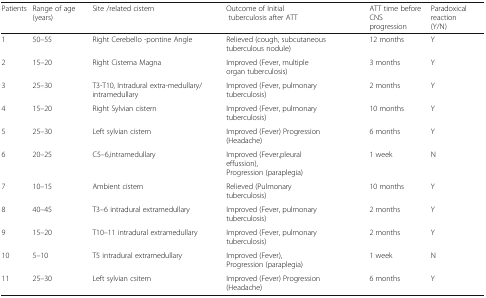
<table><thead><tr><td><b>Patients</b></td><td><b>Range of age (years)</b></td><td><b>Site /related cistern</b></td><td><b>Outcome of Initial tuberculosis after ATT</b></td><td><b>ATT time before CNSprogression</b></td><td><b>Paradoxical reaction(Y/N)</b></td></tr></thead><tbody><tr><td>1</td><td>50–55</td><td>Right Cerebello -pontine Angle</td><td>Relieved (cough, subcutaneous tuberculous nodule)</td><td>12 months</td><td>Y</td></tr><tr><td>2</td><td>15–20</td><td>Right Cisterna Magna</td><td>Improved (Fever, multiple organ tuberculosis)</td><td>3 months</td><td>Y</td></tr><tr><td>3</td><td>25–30</td><td>T3-T10, Intradural extra-medullary/intramedullary</td><td>Improved (Fever, pulmonary tuberculosis)</td><td>2 months</td><td>Y</td></tr><tr><td>4</td><td>15–20</td><td>Right Sylvian cistern</td><td>Improved (Fever, pulmonary tuberculosis)</td><td>10 months</td><td>Y</td></tr><tr><td>5</td><td>25–30</td><td>Left sylvian cistern</td><td>Improved (Fever) Progression (Headache)</td><td>6 months</td><td>Y</td></tr><tr><td>6</td><td>20–25</td><td>C5–6,intramedullary</td><td>Improved (Fever,pleural effussion),Progression (paraplegia)</td><td>1 week</td><td>N</td></tr><tr><td>7</td><td>10–15</td><td>Ambient cistern</td><td>Relieved (Pulmonary tuberculosis)</td><td>10 months</td><td>Y</td></tr><tr><td>8</td><td>40–45</td><td>T3–6 intradural extramedullary</td><td>Improved (Fever, pulmonary tuberculosis)</td><td>2 months</td><td>Y</td></tr><tr><td>9</td><td>15–20</td><td>T10–11 intradural extramedullary</td><td>Improved (Fever, pulmonary tuberculosis)</td><td>2 months</td><td>Y</td></tr><tr><td>10</td><td>5–10</td><td>T5 intradural extramedullary</td><td>Improved (Fever),Progression (paraplegia)</td><td>1 week</td><td>N</td></tr><tr><td>11</td><td>25–30</td><td>Left sylvian csitern</td><td>Improved (Fever) Progression (Headache)</td><td>6 months</td><td>Y</td></tr></tbody></table>